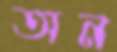
অন